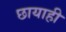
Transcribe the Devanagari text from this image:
छायाही